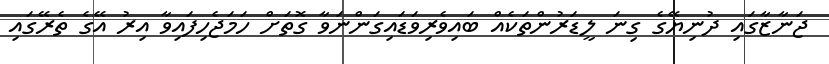
ޖަނާޒާގައި ދުނިޔޭގެ ގިނަ ލީޑަރުންތަކެއް ބައިވެރިވަޑައިގަންނަވާ ގޮތަށް ހަމަޖެހިފައިވާ އިރު އޭގެ ތެރޭގައި